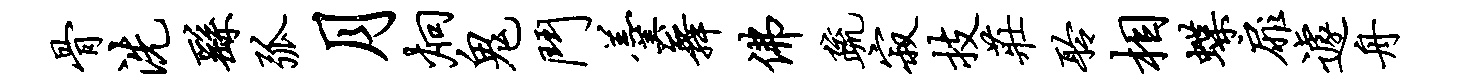
骨洗繇弧月炯鬼斗羹舞佛疏寂技庄聆相蝶扉遽舟